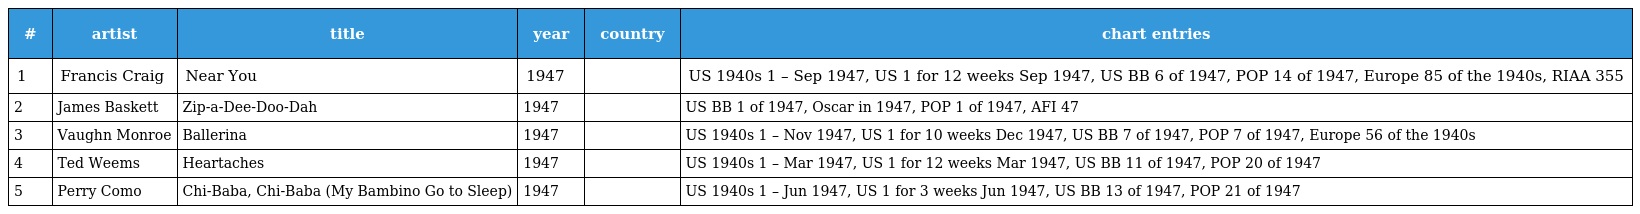
| # | artist | title | year | country | chart entries |
 | --- | --- | --- | --- | --- | --- |
 | 1 | Francis Craig | Near You | 1947 |  | US 1940s 1 – Sep 1947, US 1 for 12 weeks Sep 1947, US BB 6 of 1947, POP 14 of 1947, Europe 85 of the 1940s, RIAA 355 |
 | 2 | James Baskett | Zip-a-Dee-Doo-Dah | 1947 |  | US BB 1 of 1947, Oscar in 1947, POP 1 of 1947, AFI 47 |
 | 3 | Vaughn Monroe | Ballerina | 1947 |  | US 1940s 1 – Nov 1947, US 1 for 10 weeks Dec 1947, US BB 7 of 1947, POP 7 of 1947, Europe 56 of the 1940s |
 | 4 | Ted Weems | Heartaches | 1947 |  | US 1940s 1 – Mar 1947, US 1 for 12 weeks Mar 1947, US BB 11 of 1947, POP 20 of 1947 |
 | 5 | Perry Como | Chi-Baba, Chi-Baba (My Bambino Go to Sleep) | 1947 |  | US 1940s 1 – Jun 1947, US 1 for 3 weeks Jun 1947, US BB 13 of 1947, POP 21 of 1947 |